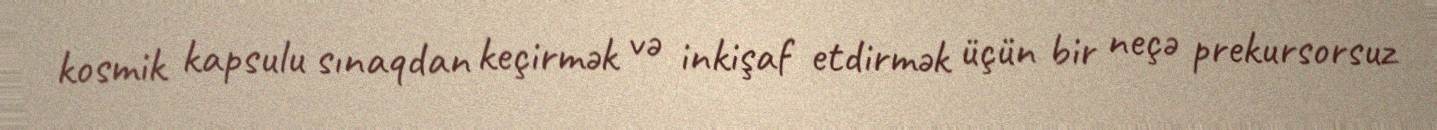
kosmik kapsulu sınaqdan keçirmək və inkişaf etdirmək üçün bir neçə prekursorsuz